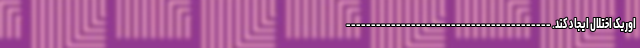
اوریک اختلال ایجاد کند. -----------------------------------------